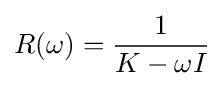
R(\omega )={\frac {1}{K-\omega I}}